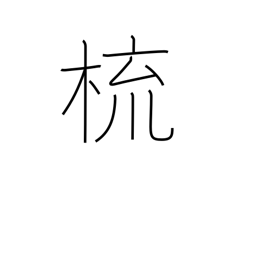
Meaning: comb (hair)